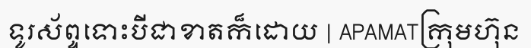
ទូរស័ព្ទទោះបីជាខាតក៏ដោយ | APAMATក្រុមហ៊ុន